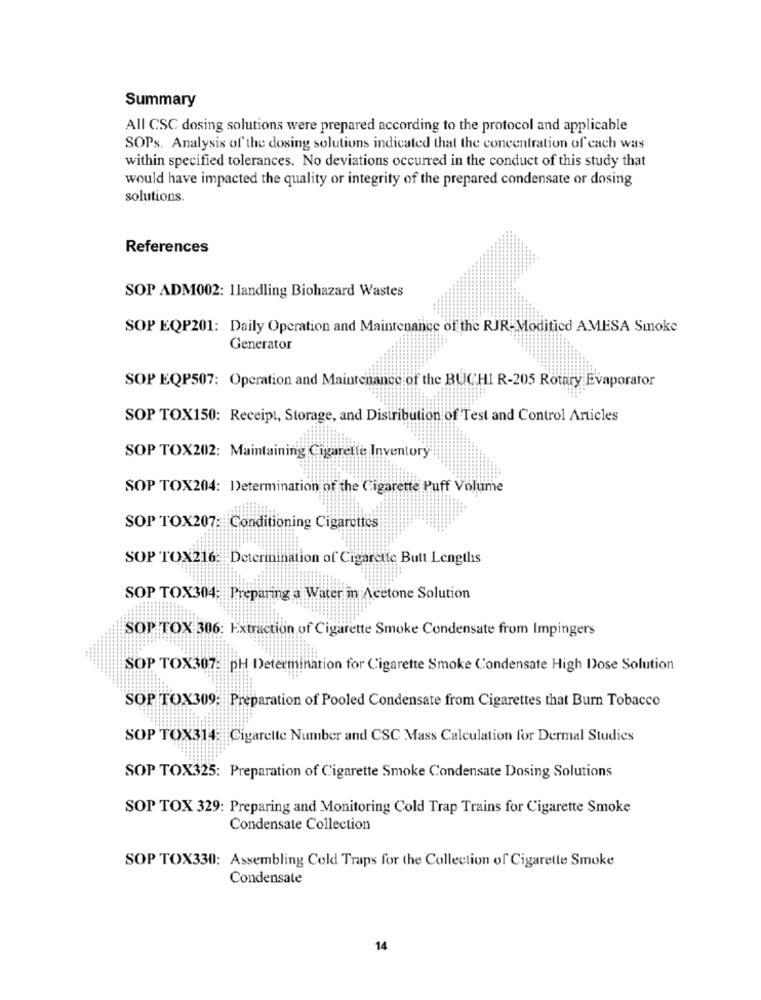
Summary
All CSC dosing solutions were prepared according to the protocol and applicable
SOPs. Analysis of the dosing solutions indicated that the concentration of cach was
within specified tolerances. No deviations occurred in the conduct of this study that
would have impacted the quality or integrity of the prepared condensate or dosing
solutions
References
SOP ADM002: Ilandling Biohazard Wastes
SOP EQP201: Daily Operation and Maintenance of the RJR-Moditied AMESA Smoke
Generator
SOP EQP507: Operation and Maintenance of the BUCHI R-205 Rotary Evaporator
SOP TOX150: Receipt, Storage, and Distribution of Test and Control Articles
SOP TOX202: Maintaining Cigarette Inventory
SOP TOX204: Determination of the Cigarette Puff Volume
SOP TOX207: Conditioning Cigarettes
SOP TOX216: Deterinination of Cigarette Butt Lengths
SOP TOX304: Preparing a Water in Acetone Solution
SOP TOX 306: Extraction of Cigarette Smoke Condensate from Impingers
SOP TOX307: pH Determination for Cigarette Smoke Condensate High Dose Solution
SOP TOX309: Preparation of Pooled Condensate from Cigarettes that Burn Tobacco
SOP TOX314: Cigarette Number and CSC Mass Calculation for Dermal Studies
SOP TOX325: Preparation of Cigarette Smoke Condensate Dosing Solutions
SOP TOX 329: Preparing and Monitoring Cold Trap Trains for Cigarette Smoke
Condensate Collection
SOP TOX330: Assembling Cold Traps for the Collection of Cigarette Smoke
Condensate
14